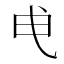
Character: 𭨘